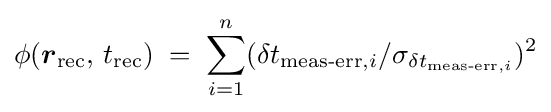
\displaystyle \phi ({\boldsymbol {r}}_{\text{rec}},\,t_{\text{rec}})\;=\;\sum _{i=1}^{n}(\delta t_{{\text{meas-err}},i}/\sigma _{\delta t_{{\text{meas-err}},i}})^{2}